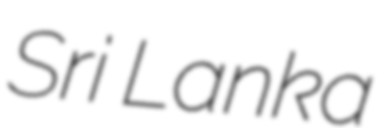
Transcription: Sri Lanka